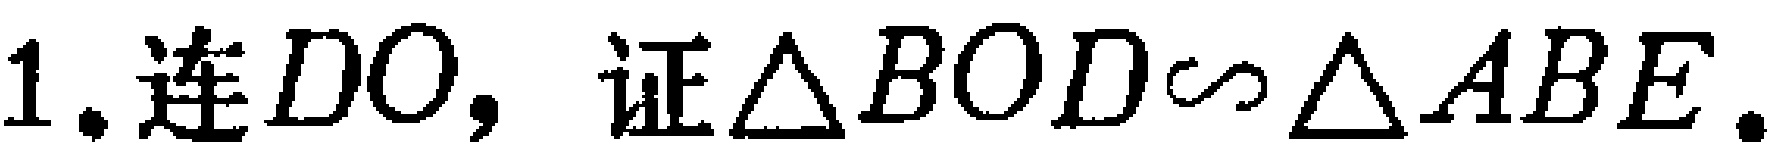
1. 连 \(DO\)，证\(\triangle BOD\sim\triangle ABE\)。